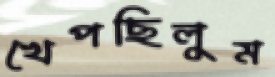
খেপছিলুম